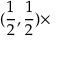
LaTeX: ( \frac { 1 } { 2 } , \frac { 1 } { 2 } ) \times